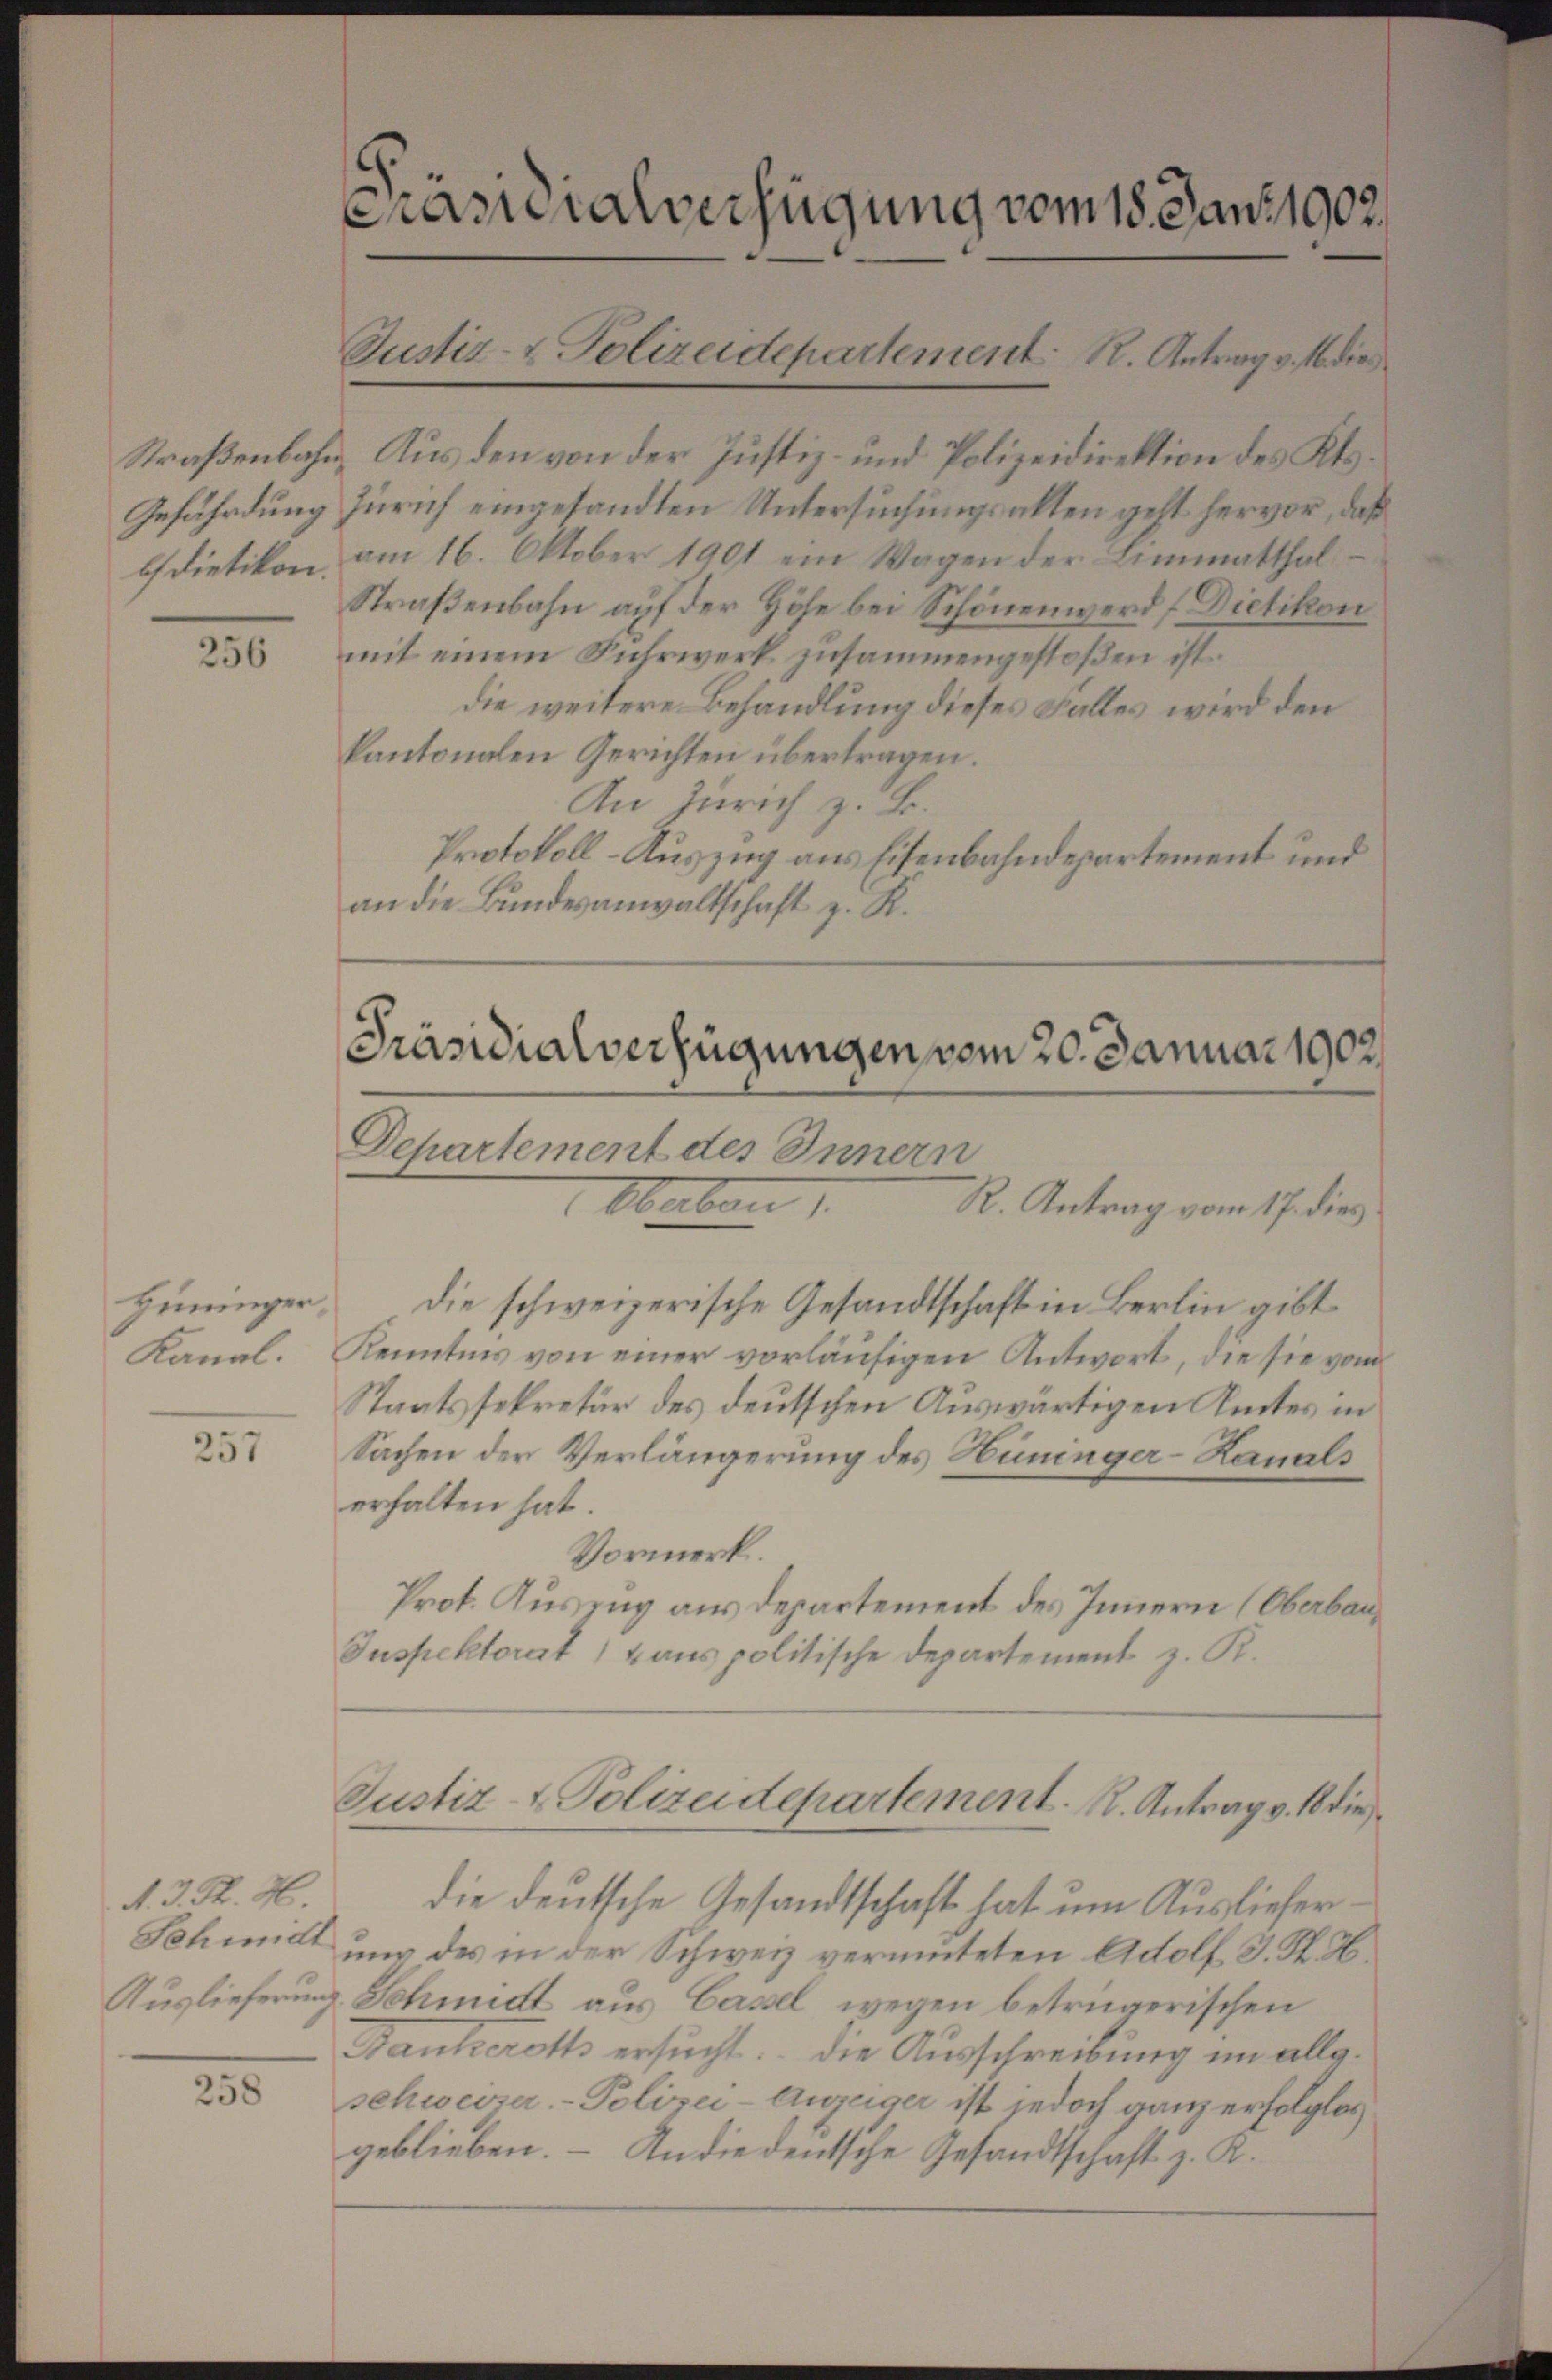
256

Hüninger,
Kanal.

257

d. 3. K. H.
Schmidt

258

Kameralverfügung vom 18. Janz 1902.

Straßenbahn, Aus den von der Justiz- und Polizeidirektion des Kts.
Gefährdung Zürich eingesandten Untersuchungsalten geht hervor, daß
bdietikon am 16. Oktober 1901 ein Wagen der Limmatthal¬
Straßenbahn auf der Höhe bei Schönenwerd (Dietikon
mit einem Fuhrwerk zusammengestoßen ist.
die weitere Behandlung dieses Falles wird den
kantonalen Gerichten übertragen.
An Zürich z. B.
Protokoll-Auszug aus Eisenbahndepartement und
an die Bundesanwaltschaft z. R.

die schweizerische Gesandtschaft in Berlin gibt
Kenntnis von einer vorläufigen Antwort, die sie vom
Staatssekretär des deutschen Auswärtigen Amtes in
Sachen der Verlängerung des Hüninger-Hanals
erhalten hat.
Vormerk.
Prot. Auszug aus Departement des Innern (Oberbau¬
Inspektorat, 4 aus politische Departement z. R.

Justiz- & Polizeidepartement R. Antrag v. 16 dies

Präsidialverfügungen vom 20. Januar 1902
Dchartement des Innern
Oberben
R. Antrag vom 17. dies

Justiz- & Polizeidepartement. R. Antrag v. 18 die

die deutsche Gesandtschaft hat um Auslieferung des in der Schweiz vermuteten Adolf J. H. H.
Auslieferung Schmidt aus Cassel wegen betrügerischen
Bankerotts ersucht. Die Ausschreibung im allg.
schweizer. - Polizei- Anzeiger ist jedoch ganz erfolglos
geblieben. – An die deutsche Gesandtschaft z. K.